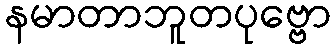
နမာတာဘူတပုဗ္ဗော